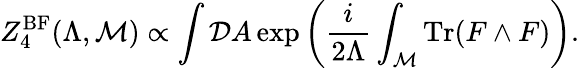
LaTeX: Z_{4}^{\mathrm{BF}}(\Lambda,{\cal M})\propto\int{\cal D}A\exp\left({\frac{i}{2\Lambda}}\int_{\cal M}\mathrm{Tr}(F\wedge F)\right).